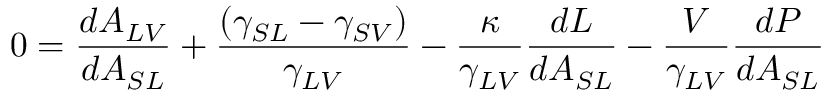
0 = { \frac { d A _ { L V } } { d A _ { S L } } } + { \frac { ( \gamma _ { S L } - \gamma _ { S V } ) } { \gamma _ { L V } } } - { \frac { \kappa } { \gamma _ { L V } } } { \frac { d L } { d A _ { S L } } } - { \frac { V } { \gamma _ { L V } } } { \frac { d P } { d A _ { S L } } }